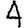
Digit: 4